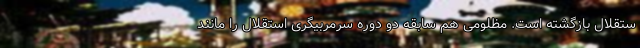
ستقلال بازگشته است. مظلومی هم سابقه دو دوره سرمربیگری استقلال را مانند